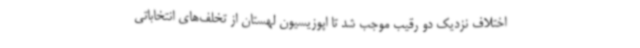
اختلاف نزدیک دو رقیب موجب شد تا اپوزیسیون لهستان از تخلف‌های انتخاباتی